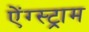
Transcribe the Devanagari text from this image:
ऐंग्स्ट्राम